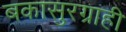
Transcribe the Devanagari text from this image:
बकासुरग्राही